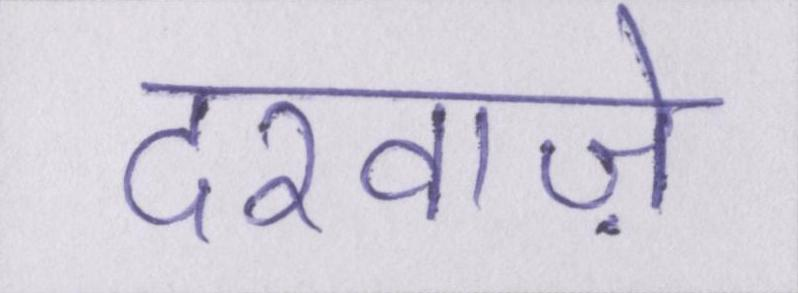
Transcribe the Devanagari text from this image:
दरवाज़े